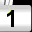
Digit: 1